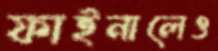
ফাইনালেও